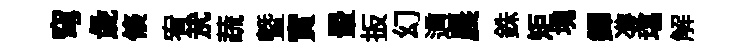
穹彘倐宥㢤蔬暨實暈扳幻適晨銖矩塊鐸㕠堪解